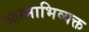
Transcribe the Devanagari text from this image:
आत्माभिव्यक्त